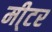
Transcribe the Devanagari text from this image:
मी्टर